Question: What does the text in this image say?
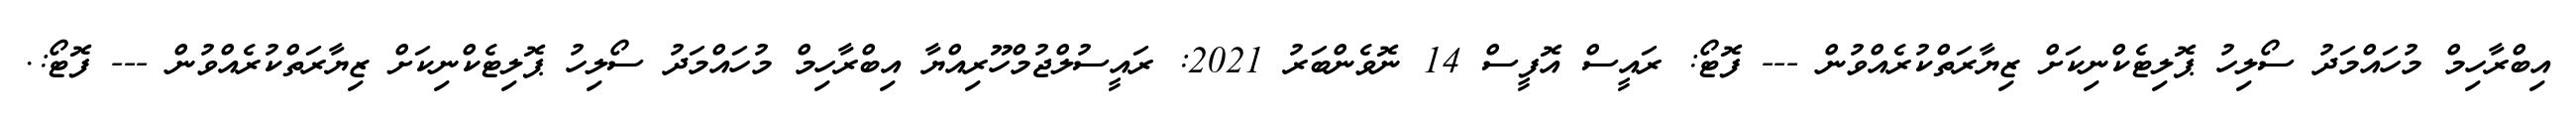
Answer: އިބްރާހިމް މުހައްމަދު ސޯލިހު ޕޮލިޓެކްނިކަށް ޒިޔާރަތްކުރެއްވުން --- ފޮޓޯ: ރައީސް އޮފީސް 14 ނޮވެންބަރު 2021: ރައީސުލްޖުމްހޫރިއްޔާ އިބްރާހިމް މުހައްމަދު ސޯލިހު ޕޮލިޓެކްނިކަށް ޒިޔާރަތްކުރެއްވުން --- ފޮޓޯ:.